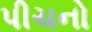
પીચનો